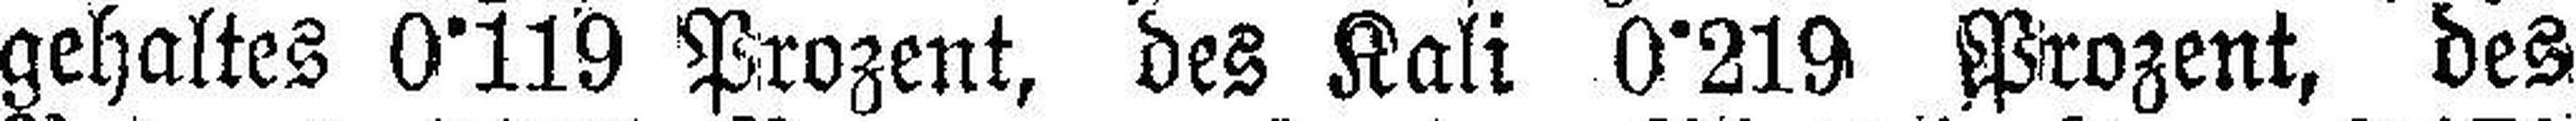
gehaltes 0°119 Prozent, des Kali 0°219 Prozent, des